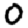
Digit: 0